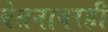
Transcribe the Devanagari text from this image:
वेतनावरही